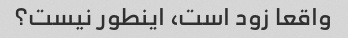
واقعا زود است، اینطور نیست؟